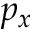
p _ { x }